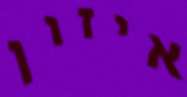
איזון